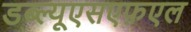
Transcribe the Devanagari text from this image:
डब्ल्यूएसएफ़एल